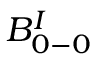
B _ { 0 - 0 } ^ { I }